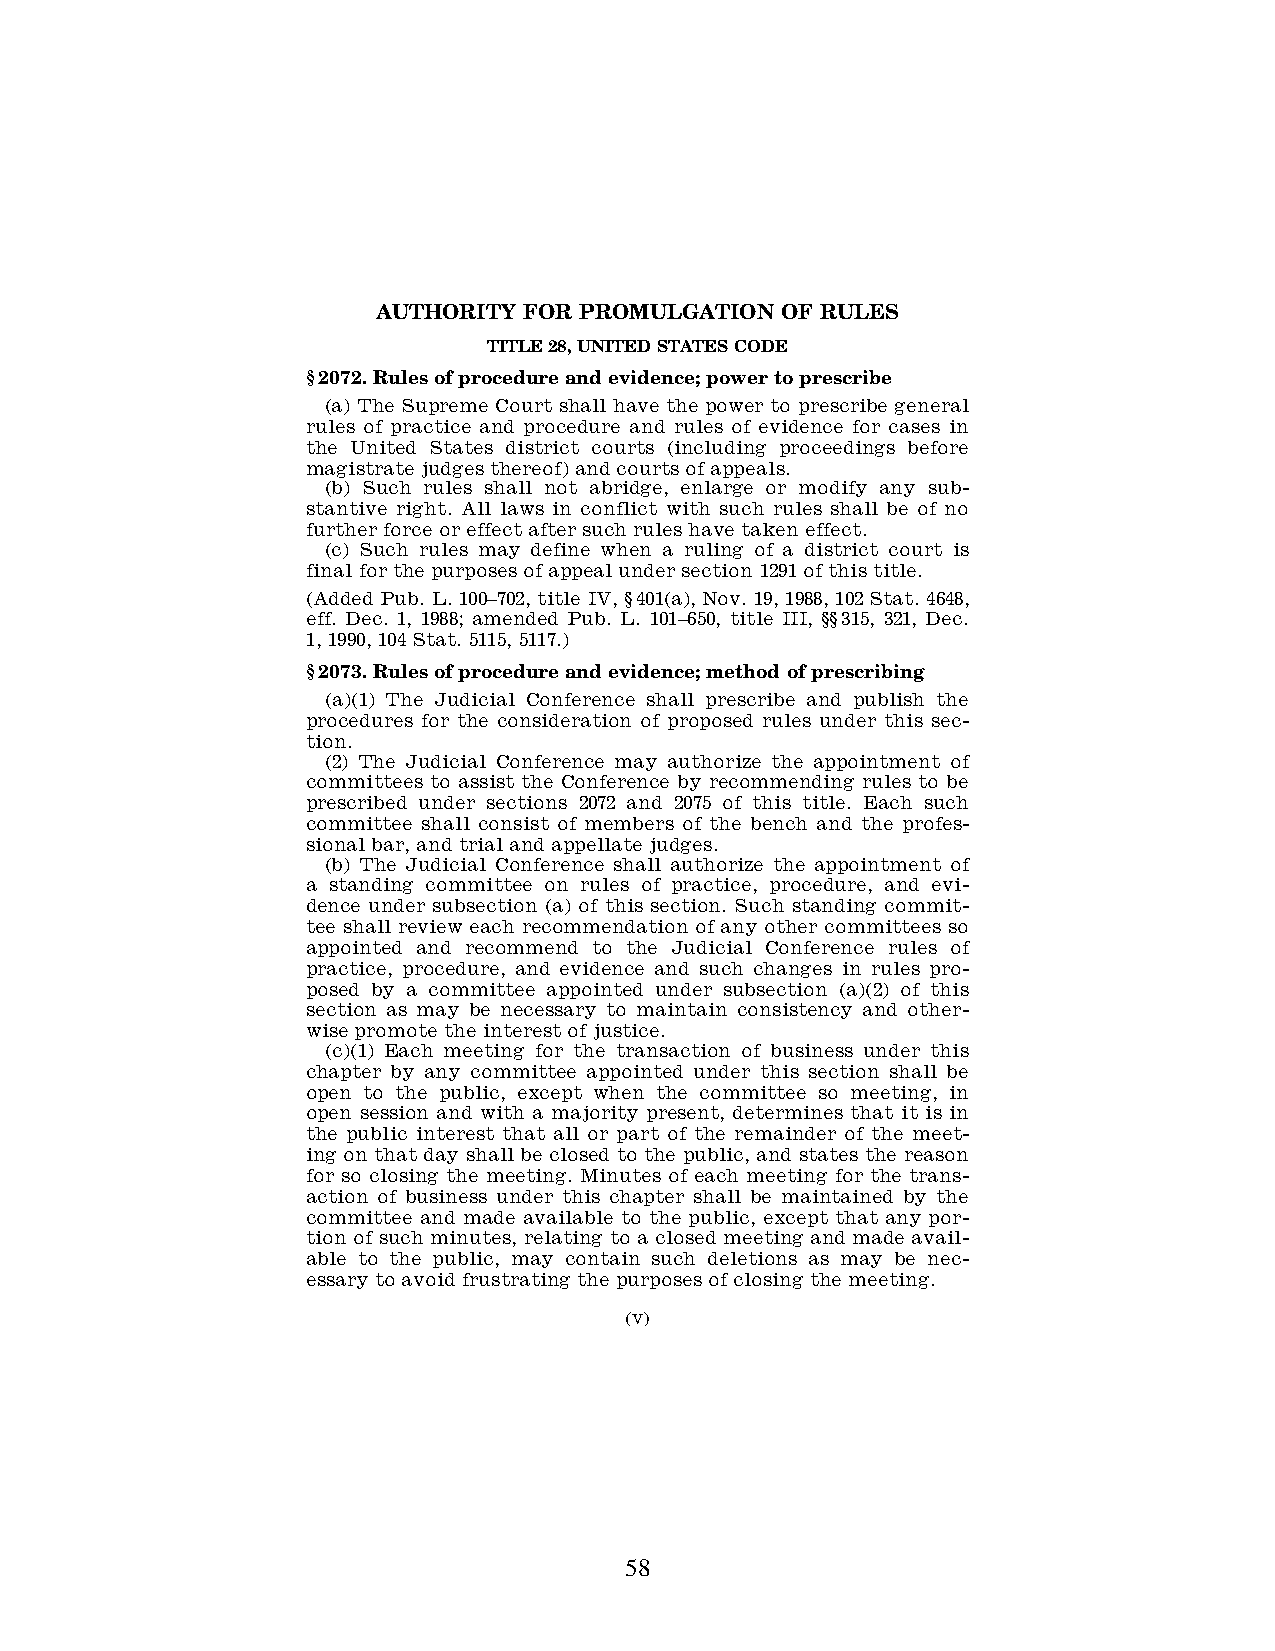
AUTHORITY FOR PROMULGATION OF RULES
 TITLE 28, UNITED STATES CODE
 §2072. Rules of procedure and evidence; power to prescribe
 (a) The Supreme Court shall have the power to prescribe general
 rules of practice and procedure and rules of evidence for cases in
 the United States district courts (including proceedings before
 magistrate judges thereof) and courts of appeals.
 (b) Such rules shall not abridge, enlarge or modify any sub-
 stantive right. All laws in conflict with such rules shall be of no
 further force or effect after such rules have taken effect.
 (c) Such rules may define when a ruling of a district court is
 final for the purposes of appeal under section 1291 of this title.
 (Added Pub. L. 100–702, title IV, §401(a), Nov. 19, 1988, 102 Stat. 4648,
 eff. Dec. 1, 1988; amended Pub. L. 101–650, title III, §§315, 321, Dec.
 1, 1990, 104 Stat. 5115, 5117.)
 §2073. Rules of procedure and evidence; method of prescribing
 (a)(1) The Judicial Conference shall prescribe and publish the
 procedures for the consideration of proposed rules under this sec-
 tion.
 (2) The Judicial Conference may authorize the appointment of
 committees to assist the Conference by recommending rules to be
 prescribed under sections 2072 and 2075 of this title. Each such
 committee shall consist of members of the bench and the profes-
 sional bar, and trial and appellate judges.
 (b) The Judicial Conference shall authorize the appointment of
 a standing committee on rules of practice, procedure, and evi-
 dence under subsection (a) of this section. Such standing commit-
 tee shall review each recommendation of any other committees so
 appointed and recommend to the Judicial Conference rules of
 practice, procedure, and evidence and such changes in rules pro-
 posed by a committee appointed under subsection (a)(2) of this
 section as may be necessary to maintain consistency and other-
 wise promote the interest of justice.
 (c)(1) Each meeting for the transaction of business under this
 chapter by any committee appointed under this section shall be
 open to the public, except when the committee so meeting, in
 open session and with a majority present, determines that it is in
 the public interest that all or part of the remainder of the meet-
 ing on that day shall be closed to the public, and states the reason
 for so closing the meeting. Minutes of each meeting for the trans-
 action of business under this chapter shall be maintained by the
 committee and made available to the public, except that any por-
 tion of such minutes, relating to a closed meeting and made avail-
 able to the public, may contain such deletions as may be nec-
 essary to avoid frustrating the purposes of closing the meeting.
 (V)
 58